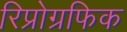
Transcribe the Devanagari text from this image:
रिप्रोग्रफिक